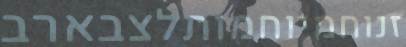
זנוחמיוחמותלצבארב